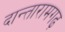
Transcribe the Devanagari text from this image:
दान्तारामगढ़